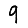
Digit: 9